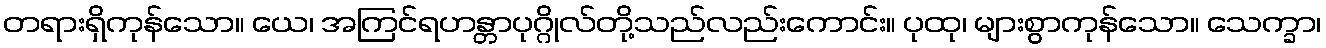
တရားရှိကုန်သော။ ယေ၊ အကြင်ရဟန္တာပုဂ္ဂိုလ်တို့သည်လည်းကောင်း။ ပုထု၊ များစွာကုန်သော။ သေက္ခာ၊